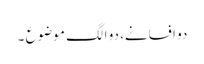
دو افسانے، دو الگ موضوع ۔